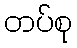
တပ်စု